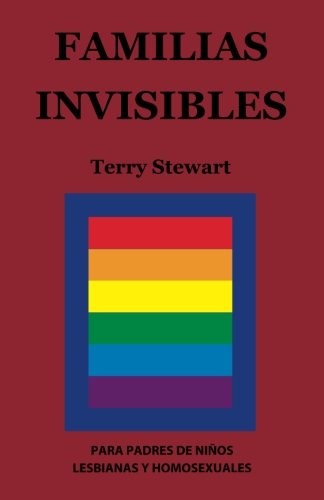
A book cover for Familias Invisibles: para Padres de NiÃ±os Gays y Lesbianas (Spanish Edition); Terry Stewart; Parenting & Relationships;